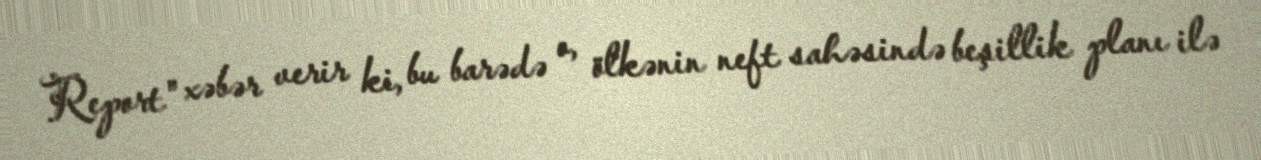
Report" xəbər verir ki, bu barədə o, ölkənin neft sahəsində beşillik planı ilə